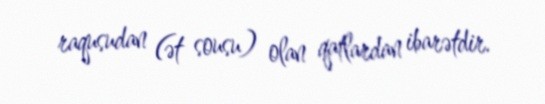
raqusudan (ət sousu) olan qatlardan ibarətdir.